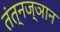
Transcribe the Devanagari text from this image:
तंत्नज्ञान